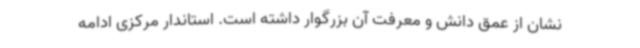
نشان از عمق دانش و معرفت آن بزرگوار داشته است. استاندار مرکزی ادامه